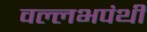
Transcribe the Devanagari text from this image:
वल्लभपंथी